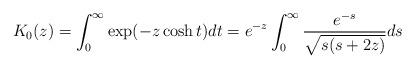
LaTeX: \begin{align*} K_0(z) = \int_0^\infty \exp(-z \cosh t) dt = e^{-z} \int_0^\infty \frac{e^{-s}}{\sqrt{s(s+2z)} } ds\end{align*}